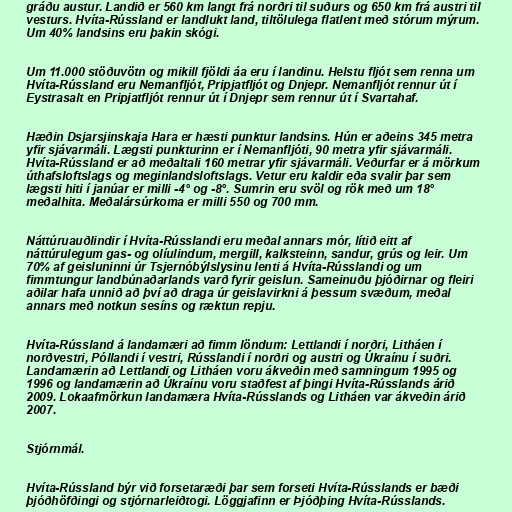
gráðu austur. Landið er 560 km langt frá norðri til suðurs og 650 km frá austri til
vesturs. Hvíta-Rússland er landlukt land, tiltölulega flatlent með stórum mýrum.
Um 40% landsins eru þakin skógi.

Um 11.000 stöðuvötn og mikill fjöldi áa eru í landinu. Helstu fljót sem renna um
Hvíta-Rússland eru Nemanfljót, Pripjatfljót og Dnjepr. Nemanfljót rennur út í
Eystrasalt en Pripjatfljót rennur út í Dnjepr sem rennur út í Svartahaf.

Hæðin Dsjarsjinskaja Hara er hæsti punktur landsins. Hún er aðeins 345 metra
yfir sjávarmáli. Lægsti punkturinn er í Nemanfljóti, 90 metra yfir sjávarmáli.
Hvíta-Rússland er að meðaltali 160 metrar yfir sjávarmáli. Veðurfar er á mörkum
úthafsloftslags og meginlandsloftslags. Vetur eru kaldir eða svalir þar sem
lægsti hiti í janúar er milli -4° og -8°. Sumrin eru svöl og rök með um 18°
meðalhita. Meðalársúrkoma er milli 550 og 700 mm.

Náttúruauðlindir í Hvíta-Rússlandi eru meðal annars mór, lítið eitt af
náttúrulegum gas- og olíulindum, mergill, kalksteinn, sandur, grús og leir. Um
70% af geisluninni úr Tsjernóbýlslysinu lenti á Hvíta-Rússlandi og um
fimmtungur landbúnaðarlands varð fyrir geislun. Sameinuðu þjóðirnar og fleiri
aðilar hafa unnið að því að draga úr geislavirkni á þessum svæðum, meðal
annars með notkun sesíns og ræktun repju.

Hvíta-Rússland á landamæri að fimm löndum: Lettlandi í norðri, Litháen í
norðvestri, Póllandi í vestri, Rússlandi í norðri og austri og Úkraínu í suðri.
Landamærin að Lettlandi og Litháen voru ákveðin með samningum 1995 og
1996 og landamærin að Úkraínu voru staðfest af þingi Hvíta-Rússlands árið
2009. Lokaafmörkun landamæra Hvíta-Rússlands og Litháen var ákveðin árið
2007.

Stjórnmál.

Hvíta-Rússland býr við forsetaræði þar sem forseti Hvíta-Rússlands er bæði
þjóðhöfðingi og stjórnarleiðtogi. Löggjafinn er Þjóðþing Hvíta-Rússlands.